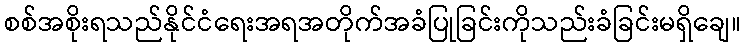
စစ်အစိုးရသည်နိုင်ငံရေးအရအတိုက်အခံပြုခြင်းကိုသည်းခံခြင်းမရှိချေ။